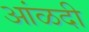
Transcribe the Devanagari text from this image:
आंळदी